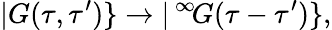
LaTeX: |G(\tau,\tau^{\prime})\} \to|\, ^{\infty}\! G(\tau-\tau^{\prime})\} ,